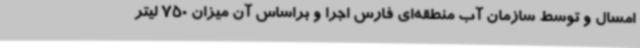
امسال و توسط سازمان آب منطقه‌ای فارس اجرا و براساس آن میزان 750 لیتر